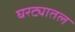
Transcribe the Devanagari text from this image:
घरट्यातल